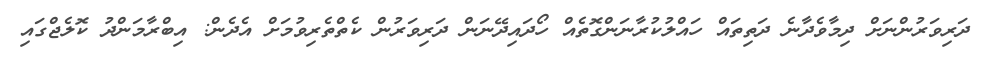
ދަރިވަރުންނަށް ދިމާވެދާނެ ދަތިތައް ހައްލުކުރާނަންގޮތެއް ހޯދައިދޭނަން ދަރިވަރުން ކެތްތެރިވުމަށް އެދެން: އިބްރާމަންދު ކޮލެޖްގައި